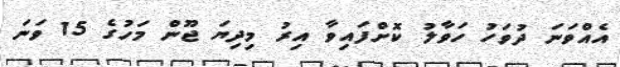
އެއްވަނަ ދުވަހު ހަވާލު ކޮށްފައިވާ އިރު މިދިޔަ ޖޫން މަހުގެ 15 ވަނަ